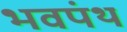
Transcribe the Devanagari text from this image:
भवपंथ